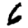
Digit: 6